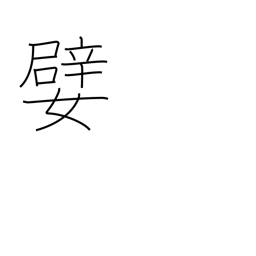
Meaning: agreeable person